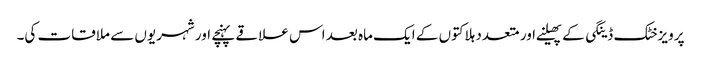
پرویزخٹک ڈینگی کے پھیلنے اور متعدد ہلاکتوں کے ایک ماہ بعد اس علاقے پہنچے اور شہریوں سے ملاقات کی۔